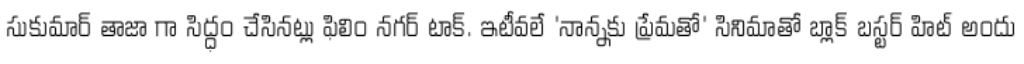
సుకుమార్ తాజా గా సిద్ధం చేసినట్లు ఫిలిం నగర్ టాక్. ఇటీవలే 'నాన్నకు ప్రేమతో' సినిమాతో బ్లాక్ బస్టర్ హిట్ అందు